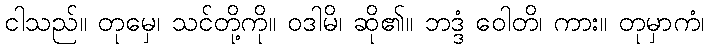
ငါသည်။ တုမှေ၊ သင်တို့ကို။ ဝဒါမိ၊ ဆို၏။ ဘဒ္ဒံ ဝေါတိ၊ ကား။ တုမှာကံ၊